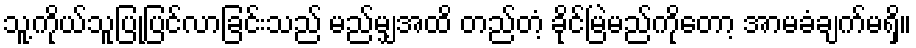
သူ့ကိုယ်သူပြုပြင်လာခြင်းသည် မည်မျှအထိ တည်တံ့ ခိုင်မြဲမည်ကိုတော့ အာမခံချက်မရှိ။